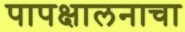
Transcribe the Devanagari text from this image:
पापक्षालनाचा